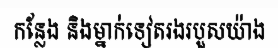
កន្លែង និងម្នាក់ទៀតរងរបួសយ៉ាង